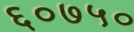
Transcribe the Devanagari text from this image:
६०७५०